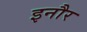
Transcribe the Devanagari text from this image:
इनौर